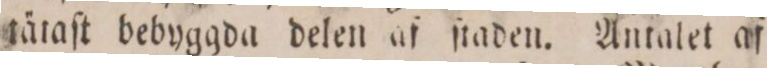
tätaſt bebyggda delen af ſtaden. Antalet af